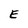
Character: E